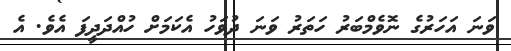
ވަނަ އަހަރުގެ ނޮވެމްބަރު ހަތަރު ވަނަ ދުވަހު އެކަމަށް ހުއްދަދީފަ އެވެ. އެ